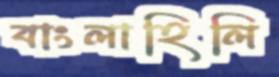
বাংলাহিলি